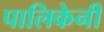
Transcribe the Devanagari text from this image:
पालिकेनी